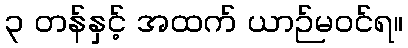
၃ တန်နှင့် အထက် ယာဉ်မဝင်ရ။